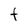
Character: t